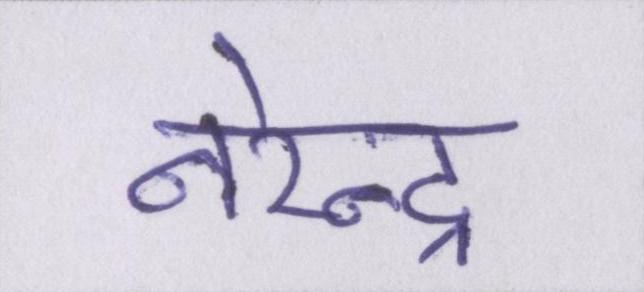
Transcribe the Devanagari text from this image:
नरेन्द्र